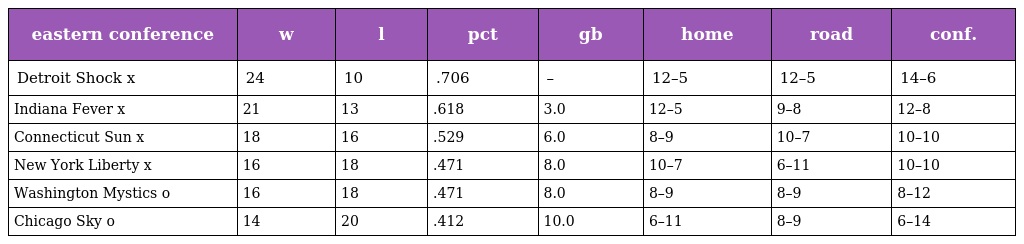
| eastern conference | w | l | pct | gb | home | road | conf. |
 | --- | --- | --- | --- | --- | --- | --- | --- |
 | Detroit Shock x | 24 | 10 | .706 | – | 12–5 | 12–5 | 14–6 |
 | Indiana Fever x | 21 | 13 | .618 | 3.0 | 12–5 | 9–8 | 12–8 |
 | Connecticut Sun x | 18 | 16 | .529 | 6.0 | 8–9 | 10–7 | 10–10 |
 | New York Liberty x | 16 | 18 | .471 | 8.0 | 10–7 | 6–11 | 10–10 |
 | Washington Mystics o | 16 | 18 | .471 | 8.0 | 8–9 | 8–9 | 8–12 |
 | Chicago Sky o | 14 | 20 | .412 | 10.0 | 6–11 | 8–9 | 6–14 |